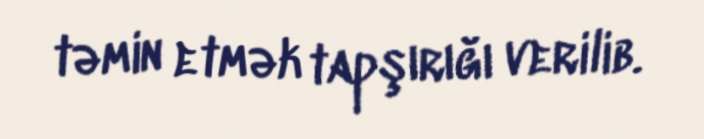
təmin etmək tapşırığı verilib.